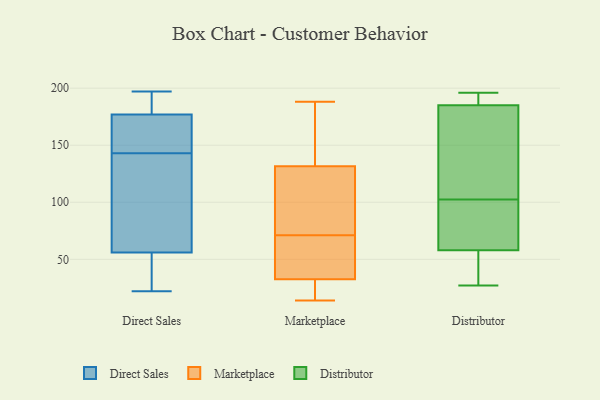
{"axis": {"x": "Website Visitors", "y": "Value"}, "legend": ["Direct Sales", "Distributor", "Marketplace"], "data": [{"x": "", "y": 181, "type": "Direct Sales"}, {"x": "", "y": 197, "type": "Direct Sales"}, {"x": "", "y": 23, "type": "Direct Sales"}, {"x": "", "y": 177, "type": "Direct Sales"}, {"x": "", "y": 149, "type": "Direct Sales"}, {"x": "", "y": 164, "type": "Direct Sales"}, {"x": "", "y": 22, "type": "Direct Sales"}, {"x": "", "y": 68, "type": "Direct Sales"}, {"x": "", "y": 186, "type": "Direct Sales"}, {"x": "", "y": 162, "type": "Direct Sales"}, {"x": "", "y": 43, "type": "Direct Sales"}, {"x": "", "y": 137, "type": "Direct Sales"}, {"x": "", "y": 56, "type": "Direct Sales"}, {"x": "", "y": 78, "type": "Direct Sales"}, {"x": "", "y": 188, "type": "Marketplace"}, {"x": "", "y": 26, "type": "Marketplace"}, {"x": "", "y": 75, "type": "Marketplace"}, {"x": "", "y": 128, "type": "Marketplace"}, {"x": "", "y": 14, "type": "Marketplace"}, {"x": "", "y": 95, "type": "Marketplace"}, {"x": "", "y": 34, "type": "Marketplace"}, {"x": "", "y": 40, "type": "Marketplace"}, {"x": "", "y": 152, "type": "Marketplace"}, {"x": "", "y": 135, "type": "Marketplace"}, {"x": "", "y": 14, "type": "Marketplace"}, {"x": "", "y": 86, "type": "Marketplace"}, {"x": "", "y": 36, "type": "Marketplace"}, {"x": "", "y": 31, "type": "Marketplace"}, {"x": "", "y": 67, "type": "Marketplace"}, {"x": "", "y": 181, "type": "Marketplace"}, {"x": "", "y": 27, "type": "Distributor"}, {"x": "", "y": 196, "type": "Distributor"}, {"x": "", "y": 98, "type": "Distributor"}, {"x": "", "y": 77, "type": "Distributor"}, {"x": "", "y": 193, "type": "Distributor"}, {"x": "", "y": 135, "type": "Distributor"}, {"x": "", "y": 36, "type": "Distributor"}, {"x": "", "y": 185, "type": "Distributor"}, {"x": "", "y": 58, "type": "Distributor"}, {"x": "", "y": 195, "type": "Distributor"}, {"x": "", "y": 28, "type": "Distributor"}, {"x": "", "y": 101, "type": "Distributor"}, {"x": "", "y": 104, "type": "Distributor"}, {"x": "", "y": 160, "type": "Distributor"}]}